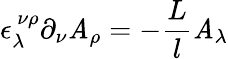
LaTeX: \epsilon_{\lambda}^{~\nu\rho}\partial_{\nu}\mathit{A}_{\rho}=-\frac{{L}}{l}\mathit{A}_{\lambda}